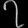
Digit: ၇